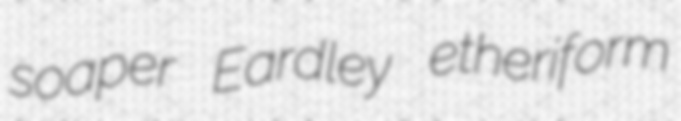
soaper Eardley etheriform